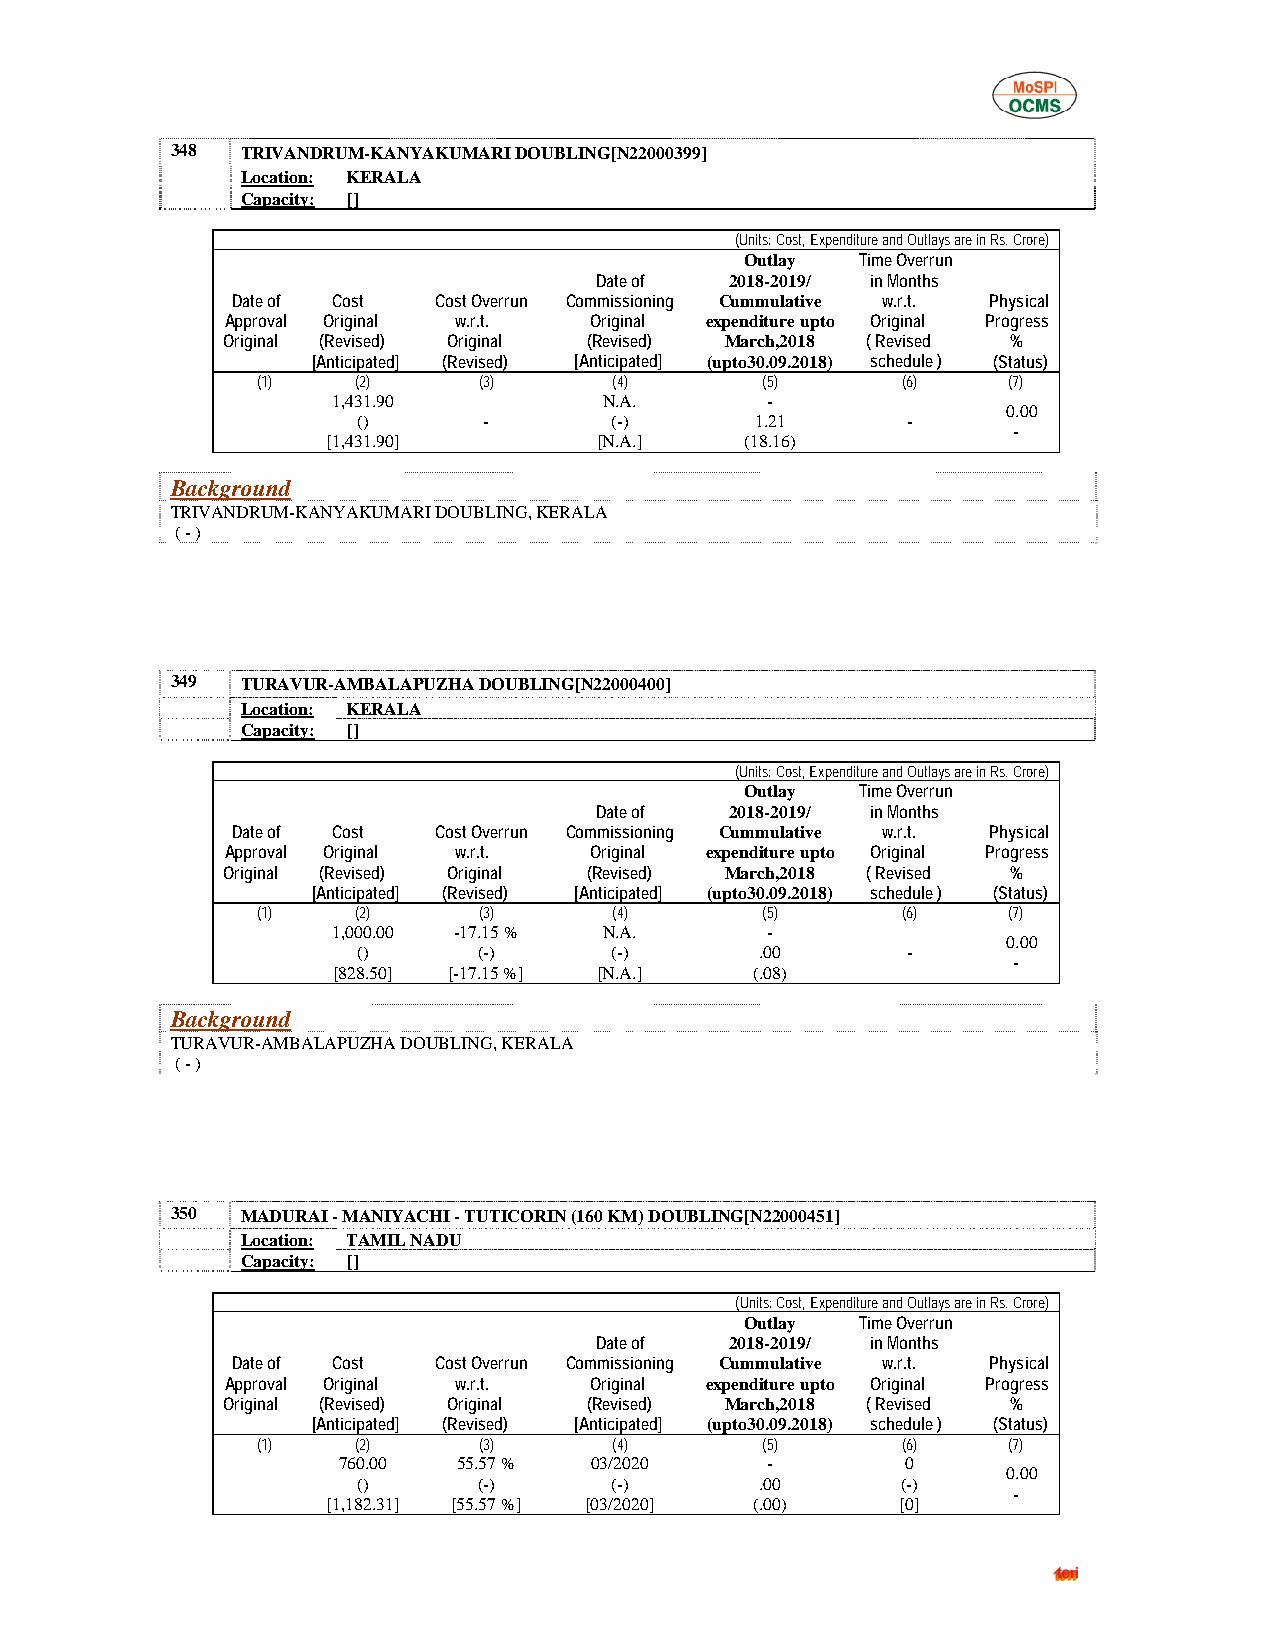
348  TRIVANDRUM-KANYAKUMARI DOUBLING[N22000399]
 Location: KERALA
 Capacity: []
 (Units: Cost, Expenditure and Outlays are in Rs. Crore)
 Outlay  Time Overrun
 Date of  2018-2019/ in Months
 Date of Cost  Cost Overrun Commissioning Cummulative w.r.t. Physical
 Approval Original w.r.t. Original expenditure upto Original Progress
 Original (Revised) Original (Revised) March,2018 ( Revised %
 [Anticipated] (Revised) [Anticipated] (upto30.09.2018) schedule ) (Status)
 (1)    (2)     (3)      (4)      (5)       (6)    (7)
 1,431.90          N.A.       -
 0.00
 ()      -       (-)       1.21      -
 -
 [1,431.90]        [N.A.]   (18.16)
 Background
 TRIVANDRUM-KANYAKUMARI DOUBLING, KERALA
 ( - )
 349  TURAVUR-AMBALAPUZHA DOUBLING[N22000400]
 Location: KERALA
 Capacity: []
 (Units: Cost, Expenditure and Outlays are in Rs. Crore)
 Outlay  Time Overrun
 Date of  2018-2019/ in Months
 Date of Cost  Cost Overrun Commissioning Cummulative w.r.t. Physical
 Approval Original w.r.t. Original expenditure upto Original Progress
 Original (Revised) Original (Revised) March,2018 ( Revised %
 [Anticipated] (Revised) [Anticipated] (upto30.09.2018) schedule ) (Status)
 (1)    (2)     (3)      (4)      (5)       (6)    (7)
 1,000.00 -17.15 % N.A.       -
 0.00
 ()      (-)     (-)       .00       -
 -
 [828.50] [-17.15 %] [N.A.]  (.08)
 Background
 TURAVUR-AMBALAPUZHA DOUBLING, KERALA
 ( - )
 350  MADURAI - MANIYACHI - TUTICORIN (160 KM) DOUBLING[N22000451]
 Location: TAMIL NADU
 Capacity: []
 (Units: Cost, Expenditure and Outlays are in Rs. Crore)
 Outlay  Time Overrun
 Date of  2018-2019/ in Months
 Date of Cost  Cost Overrun Commissioning Cummulative w.r.t. Physical
 Approval Original w.r.t. Original expenditure upto Original Progress
 Original (Revised) Original (Revised) March,2018 ( Revised %
 [Anticipated] (Revised) [Anticipated] (upto30.09.2018) schedule ) (Status)
 (1)    (2)     (3)      (4)      (5)       (6)    (7)
 760.00  55.57 %  03/2020     -        0
 0.00
 ()      (-)     (-)       .00       (-)
 -
 [1,182.31] [55.57 %] [03/2020] (.00)  [0]